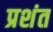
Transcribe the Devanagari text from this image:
प्रशंत